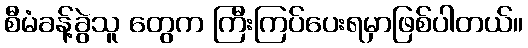
စီမံခန့်ခွဲသူ တွေက ကြီးကြပ်ပေးရမှာဖြစ်ပါတယ်။